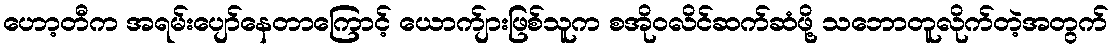
ဟော့တီက အရမ်းပျော်နေတာကြောင့် ယောက်ျားဖြစ်သူက စအိုဝလိင်ဆက်ဆံဖို့ သဘောတူလိုက်တဲ့အတွက်